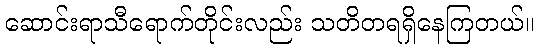
ဆောင်းရာသီရောက်တိုင်းလည်း သတိတရရှိနေကြတယ်။